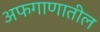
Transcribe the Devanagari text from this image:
अफगाणातील